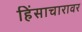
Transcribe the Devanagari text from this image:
हिंसाचारावर